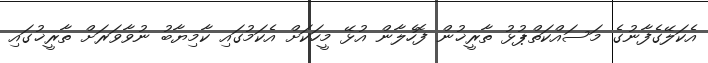
އެކަލޭގެފާނުގެ މަސައްކަތްޕުޅު ތާރީޚުން ފޮހެލާން އުޅޭ މީހަކަށް އެކަމުގައި ކާމިޔާބު ނުވާވަރަށް ތާރީޚުގައި